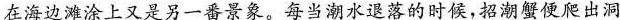
在海边滩涂上又是另一番景象。每当潮水退落的时候，招潮蟹便爬出洞